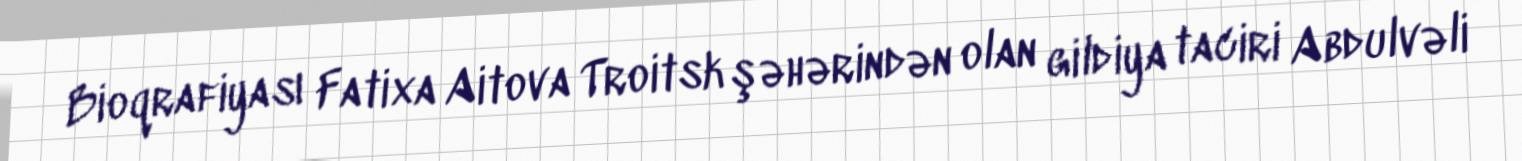
Bioqrafiyası Fatixa Aitova Troitsk şəhərindən olan gildiya taciri Abdulvəli